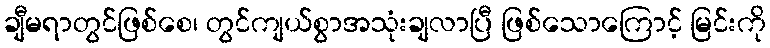
ချီမရာတွင်ဖြစ်စေ၊ တွင်ကျယ်စွာအသုံးချလာပြီ ဖြစ်သောကြောင့် မြင်းကို